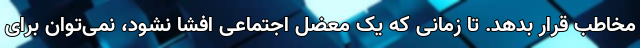
مخاطب قرار بدهد. تا زمانی که یک معضل اجتماعی افشا نشود، نمی‌توان برای